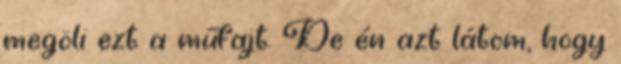
megöli ezt a műfajt. De én azt látom, hogy